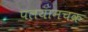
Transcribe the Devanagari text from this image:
पलयानचक्र